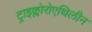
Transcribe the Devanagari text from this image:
ट्राइक्लोरोएथिलीन